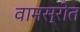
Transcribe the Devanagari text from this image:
वामस्रोत